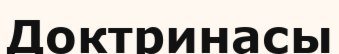
Доктринасы